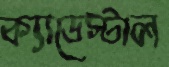
ক্যাডেস্টাল